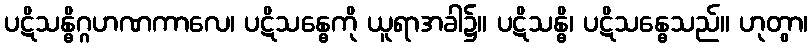
ပဋိသန္ဓိဂ္ဂဟဏကာလေ၊ ပဋိသန္ဓေကို ယူရာအခါ၌။ ပဋိသန္ဓိ၊ ပဋိသန္ဓေသည်။ ဟုတွာ၊